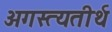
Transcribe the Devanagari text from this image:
अगस्त्यतीर्थ